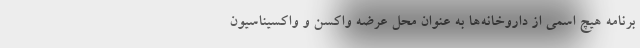
برنامه هیچ اسمی از داروخانه‌ها به عنوان محل عرضه واکسن و واکسیناسیون